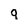
Character: 9